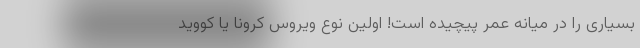
بسیاری را در میانه عمر پیچیده است! اولین نوع ویروس کرونا یا کووید